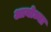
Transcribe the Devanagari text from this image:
अायोध्या